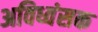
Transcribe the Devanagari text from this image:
अविध्वंसक